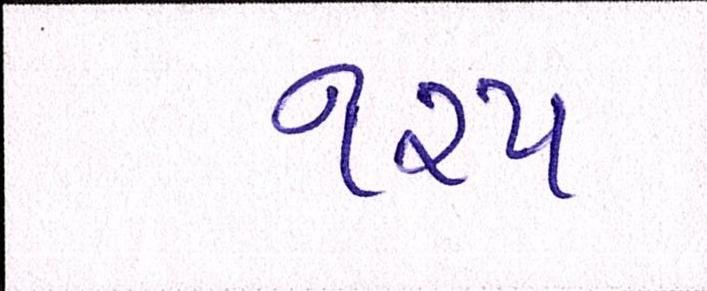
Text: ૧૨૫